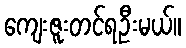
ကျေးဇူးတင်ရဦးမယ်။